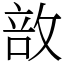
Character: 敨